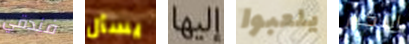
فندقي يسأل إليها يلعبوا التكرار